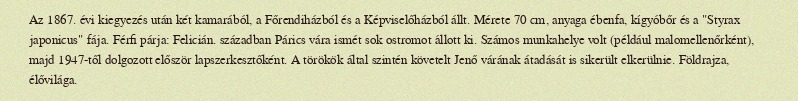
Az 1867. évi kiegyezés után két kamarából, a Főrendiházból és a Képviselőházból állt. Mérete 70 cm, anyaga ébenfa, kígyóbőr és a "Styrax japonicus" fája. Férfi párja: Felicián. században Párics vára ismét sok ostromot állott ki. Számos munkahelye volt (például malomellenőrként), majd 1947-től dolgozott először lapszerkesztőként. A törökök által szintén követelt Jenő várának átadását is sikerült elkerülnie. Földrajza, élővilága.